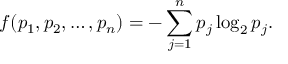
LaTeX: f ( p _ { 1 } , p _ { 2 } , \ldots , p _ { n } ) = - \sum _ { j = 1 } ^ { n } p _ { j } \log _ { 2 } p _ { j } .